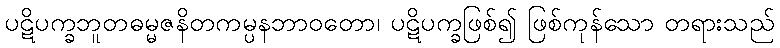
ပဋိပက္ခဘူတဓမ္မဇနိတကမ္ပနဘာဝတော၊ ပဋိပက္ခဖြစ်၍ ဖြစ်ကုန်သော တရားသည်